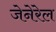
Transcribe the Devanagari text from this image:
जेनेरेल